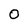
Character: 0